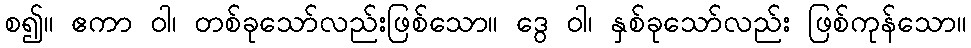
စ၍။ ဧကာ ဝါ၊ တစ်ခုသော်လည်းဖြစ်သော။ ဒွေ ဝါ၊ နှစ်ခုသော်လည်း ဖြစ်ကုန်သော။